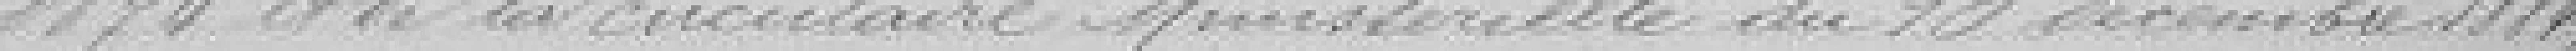
1874 et de la circulaire Ministérielle du 10 décembre 1884